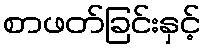
စာဖတ်ခြင်းနှင့်